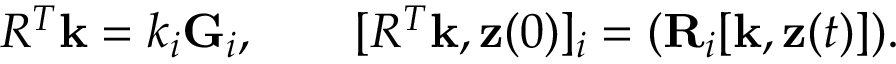
\begin{array} { r } { R ^ { T } { \bf k } = k _ { i } { \bf G } _ { i } , \qquad [ R ^ { T } { \bf k } , { \bf z } ( 0 ) ] _ { i } = ( { \bf R } _ { i } [ { \bf k } , { \bf z } ( t ) ] ) . } \end{array}